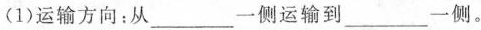
(1)运输方向：从___一侧运输到___一侧。